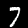
Label: 7